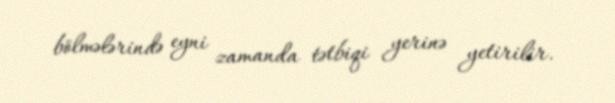
bölmələrində eyni zamanda tətbiqi yerinə yetirilir.